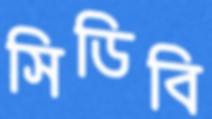
সিডিবি